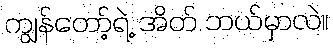
ကျွန်တော့်ရဲ့ အိတ် ဘယ်မှာလဲ။